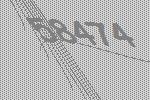
58474